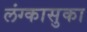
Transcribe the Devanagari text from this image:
लंग्कासुका